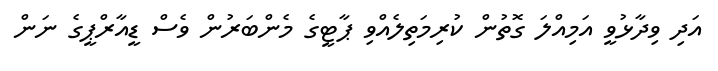
އަދި ވިދާޅުވީ އަމިއްލަ ގޮތުން ކުރިމަތިލެއްވި ޕާޓީގެ މެންބަރުން ވެސް ޑީއާރްޕީގެ ނަން